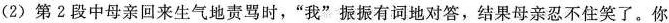
(2)第2段中母亲回来生气地责骂时，”我”振振有词地对答，结果母亲忍不住笑了。你